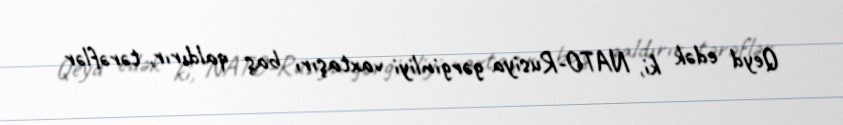
Qeyd edək ki, NATO-Rusiya gərginliyi vaxtaşırı baş qaldırır, tərəflər